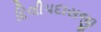
દિલીપદાસજી